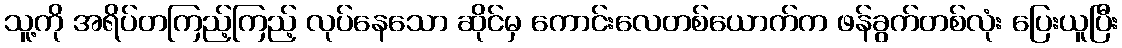
သူ့ကို အရိပ်တကြည့်ကြည့် လုပ်နေသော ဆိုင်မှ ကောင်းလေတစ်ယောက်က ဖန်ခွက်တစ်လုံး ပြေးယူပြီး